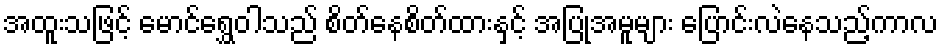
အထူးသဖြင့် မောင်ရွှေဝါသည် စိတ်နေစိတ်ထားနှင့် အပြုအမူများ ပြောင်းလဲနေသည့်ကာလ